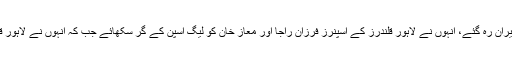
عمران طاہر کو اپنے درمیان پاکر لاہور قلندرز کے کھلاڑی حیران رہ گئے، انہوں نے لاہور قلندرز کے اسپنرز فرزان راجا اور معاز خان کو لیگ اسپن کے گُر سکھائے جب کہ انہوں نے لاہور قلندرز پلئیرز ڈویلپمنٹ پروگرام کے علی ماجد کو بھی ٹپس دیں۔